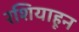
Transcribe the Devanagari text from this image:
रशियाहून